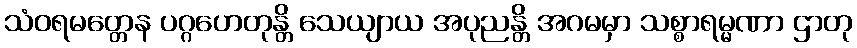
သံဝရမတ္တေန ပဂ္ဂဟေတုန္တိ သေယျာယ အပုညန္တိ အဂမမှာ သစ္စာရမ္မဏာ ဌာတု